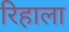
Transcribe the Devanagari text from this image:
रिहाला